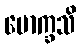
မောက္ခသိ